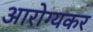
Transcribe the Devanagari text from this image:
आरोग्यकर